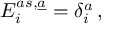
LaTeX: E _ { i } ^ { a s , \underline { { { a } } } } = \delta _ { i } ^ { a } \, ,